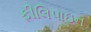
ફીલિપાઇન